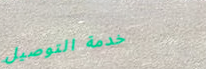
خدمة التوصيل